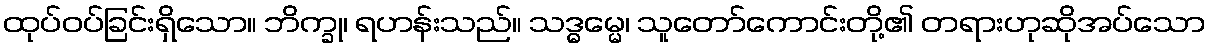
ထုပ်ဝပ်ခြင်းရှိသော။ ဘိက္ခု၊ ရဟန်းသည်။ သဒ္ဓမ္မေ၊ သူတော်ကောင်းတို့၏ တရားဟုဆိုအပ်သော